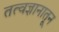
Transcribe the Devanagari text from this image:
तत्वज्ञानातून